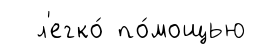
л'егко́ по́мощью